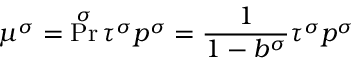
\mu ^ { \sigma } = \operatorname* { P r } ^ { \sigma } \tau ^ { \sigma } p ^ { \sigma } = \frac { 1 } { 1 - b ^ { \sigma } } \tau ^ { \sigma } p ^ { \sigma }